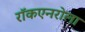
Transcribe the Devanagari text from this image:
रॉकएनरोला